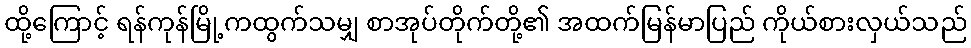
ထို့ကြောင့် ရန်ကုန်မြို့ကထွက်သမျှ စာအုပ်တိုက်တို့၏ အထက်မြန်မာပြည် ကိုယ်စားလှယ်သည်